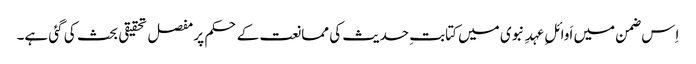
اِس ضمن میں اَوائلِ عہدِ نبوی میں کتابتِ حدیث کی ممانعت کے حکم پر مفصل تحقیقی بحث کی گئی ہے۔